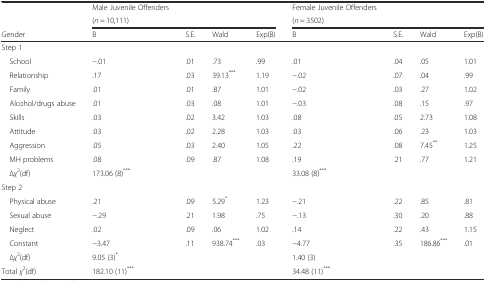
| <ROWSPAN=2>  | Male Juvenile Offenders |  |  |  | Female Juvenile Offenders |  |  |  |
 | <COLSPAN=4> (n = 10,111) | <COLSPAN=4> (n = 3502) |
 | Gender | B | S.E. | Wald | Exp(B) | B | S.E. | Wald | Exp(B) |
 | --- | --- | --- | --- | --- | --- | --- | --- | --- |
 | Step 1 |  |  |  |  |  |  |  |  |
 | School | −.01 | .01 | .73 | .99 | .01 | .04 | .05 | 1.01 |
 | Relationship | .17 | .03 | 39.13*** | 1.19 | −.02 | .07 | .04 | .99 |
 | Family | .01 | .01 | .87 | 1.01 | −.02 | .03 | .27 | 1.02 |
 | Alcohol/drugs abuse | .01 | .03 | .08 | 1.01 | −.03 | .08 | .15 | .97 |
 | Skills | .03 | .02 | 3.42 | 1.03 | .08 | .05 | 2.73 | 1.08 |
 | Attitude | .03 | .02 | 2.28 | 1.03 | .03 | .06 | .23 | 1.03 |
 | Aggression | .05 | .03 | 2.40 | 1.05 | .22 | .08 | 7.45** | 1.25 |
 | MH problems | .08 | .09 | .87 | 1.08 | .19 | .21 | .77 | 1.21 |
 | ∆χ2(df) | <COLSPAN=4> 173.06 (8)*** | <COLSPAN=4> 33.08 (8)*** |
 | Step 2 |  |  |  |  |  |  |  |  |
 | Physical abuse | .21 | .09 | 5.29* | 1.23 | −.21 | .22 | .85 | .81 |
 | Sexual abuse | −.29 | .21 | 1.98 | .75 | −.13 | .30 | .20 | .88 |
 | Neglect | .02 | .09 | .06 | 1.02 | .14 | .22 | .43 | 1.15 |
 | Constant | −3.47 | .11 | 938.74*** | .03 | −4.77 | .35 | 186.86*** | .01 |
 | ∆χ2(df) | <COLSPAN=4> 9.05 (3)* | <COLSPAN=4> 1.40 (3) |
 | Total χ2(df) | <COLSPAN=4> 182.10 (11)*** | <COLSPAN=4> 34.48 (11)*** |